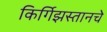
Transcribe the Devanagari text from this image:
किर्गिझस्तानचे